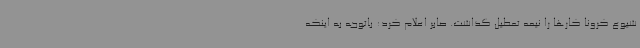
شیوع کرونا کارها را نیمه تعطیل گذاشت. صابر اعلام کرد: باتوجه به اینکه